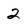
Character: 2